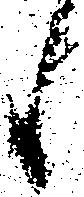
候